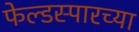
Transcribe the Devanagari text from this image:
फेल्डस्पारच्या